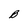
Character: B